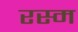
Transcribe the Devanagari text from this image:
रस्‍म